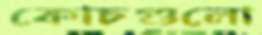
কোচগুলো